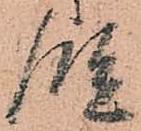
段